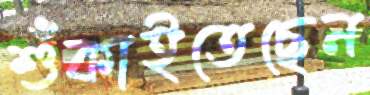
শুঁকাইতেছেন